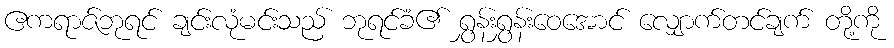
ဧကရာဇ်ဘုရင် ချင်းလုံမင်းသည် ဘုရင်ခံ၏ ရွှန်းရွှန်းဝေအောင် လျှောက်တင်ချက် တို့ကို